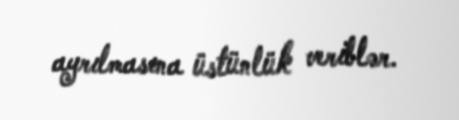
ayrılmasına üstünlük veriblər.